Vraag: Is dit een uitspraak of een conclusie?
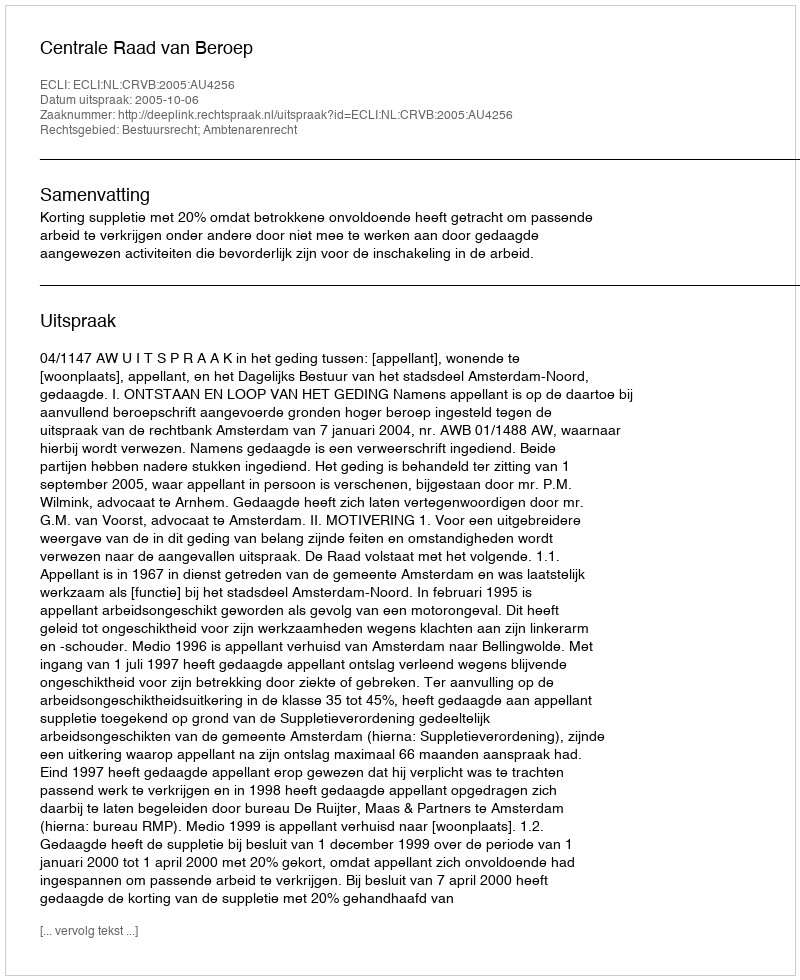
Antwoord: Uitspraak